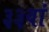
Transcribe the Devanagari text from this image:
३३वां